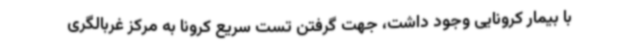
با بیمار کرونایی وجود داشت، جهت گرفتن تست سریع کرونا به مرکز غربالگری